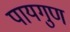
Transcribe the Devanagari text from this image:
पायगुण